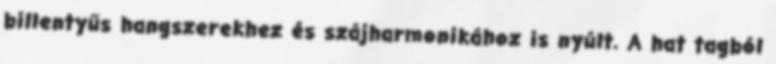
billentyűs hangszerekhez és szájharmonikához is nyúlt. A hat tagból